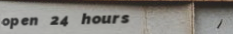
open 24 hours